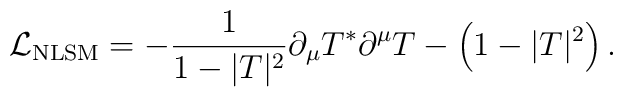
{\cal L}_{{\rm NLSM}}=-{1 \over 1-| T|^2} \partial_\mu  T^* \partial^\mu  T -\left(1-| T|^2\right) .